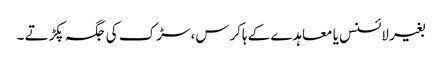
بغیر لائسنس یا معاہدے کے ہاکرس، سڑک کی جگہ پکڑتے ۔